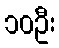
၁၀ဦး